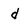
Character: d